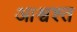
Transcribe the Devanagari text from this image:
आश्वश्त